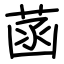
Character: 菡